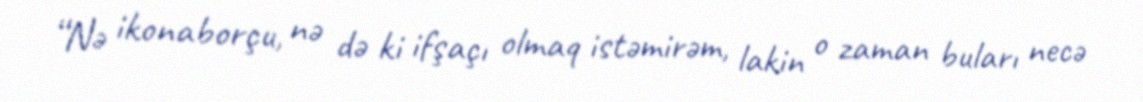
“Nə ikonaborçu, nə də ki ifşaçı olmaq istəmirəm, lakin o zaman buları necə